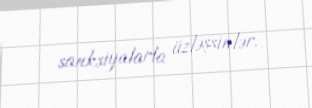
sanksiyalarla üzləşsinlər.